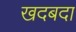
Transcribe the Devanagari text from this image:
खदबदा